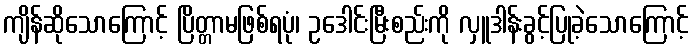
ကျိန်ဆိုသောကြောင့် ပြိတ္တာမဖြစ်ရပုံ၊ ဥဒေါင်းမြီးစည်းကို လှူဒါန်းခွင့်ပြုခဲ့သောကြောင့်